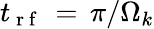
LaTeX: t_{\mathrm{~r~f~}}\, =\, \pi/\Omega_{k}